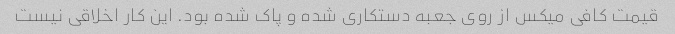
قیمت کافی میکس از روی جعبه دستکاری شده و پاک شده بود. این کار اخلاقی نیست